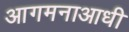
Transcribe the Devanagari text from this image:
आगमनाआधी